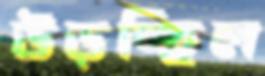
উড়চ্ছিল